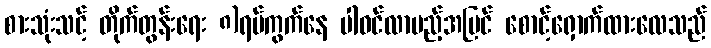
စားသုံးသင့် တိုက်တွန်းရေး ၈)ရပ်ကွက်နေ ပါဝင်လာမည့်အပြင် စောင့်ရှောက်ထားလေသည်